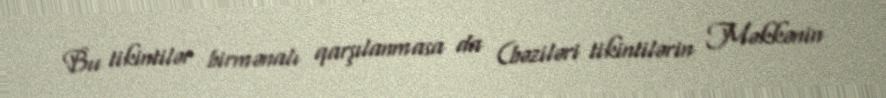
Bu tikintilər birmənalı qarşılanmasa da (bəziləri tikintilərin Məkkənin